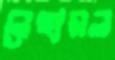
নেহারল